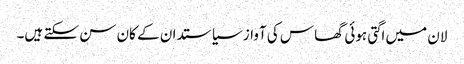
لان میں اگتی ہوئی گھاس کی آواز سیاستدان کے کان سن سکتے ہیں۔